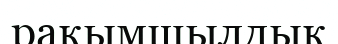
рақымшылдық